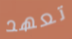
تعهد